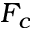
F _ { c }